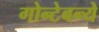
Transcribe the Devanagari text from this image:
गोन्टेबन्ये